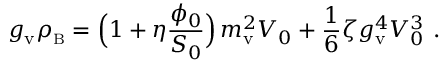
g _ { \mathrm { v } } \rho _ { \scriptscriptstyle \mathrm { B } } = \Bigl ( 1 + \eta { \frac { \phi _ { 0 } } { S _ { 0 } } } \Bigr ) \, m _ { \mathrm { v } } ^ { 2 } V _ { 0 } + { \frac { 1 } { 6 } } \zeta g _ { \mathrm { v } } ^ { 4 } V _ { 0 } ^ { 3 } \ .